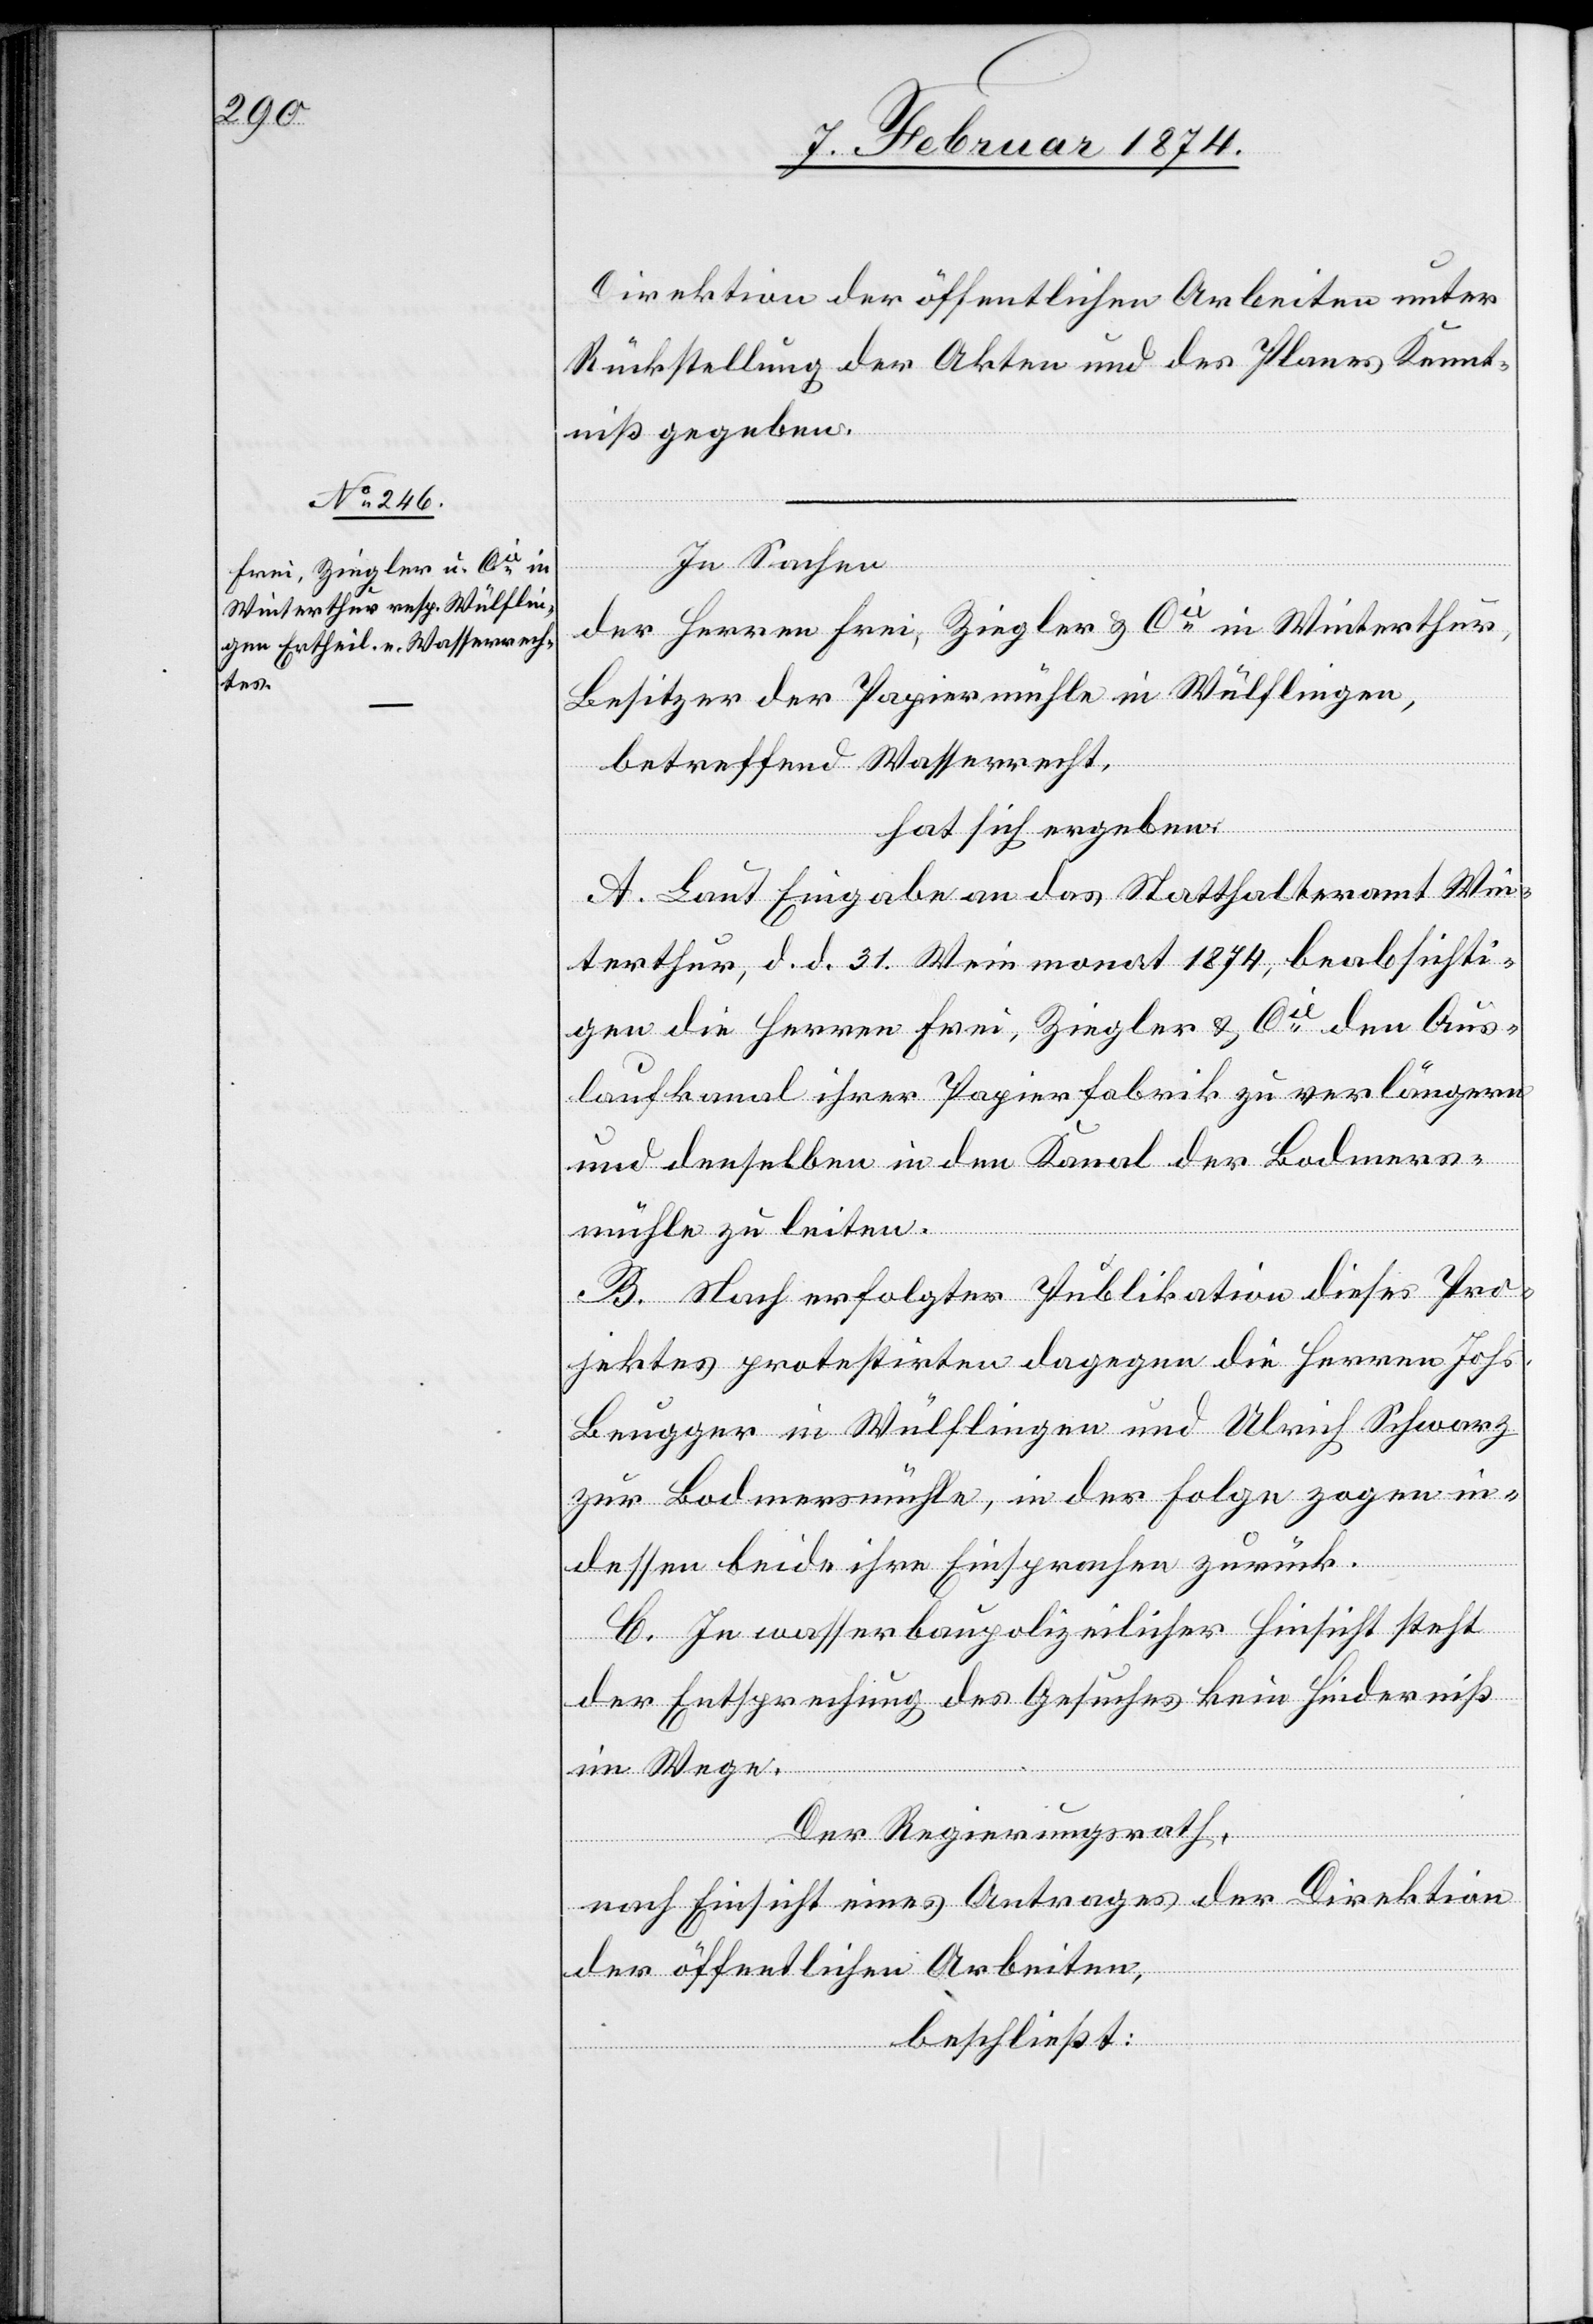
Direktion der öffentlichen Arbeiten unter
Rückstellung der Akten und des Planes Kennt¬
niß gegeben.
In Sachen
der Herren Frei, Ziegler u. Cie in Winterthur,
Besitzer der Papiermühle in Wülflingen,
betreffend Wasserrecht,
hat sich ergeben:
A. Laut Eingabe an das Statthalteramt Win¬
terthur, d. d. 31. Weinmonat 1874, beabsichti¬
gen die Herren Frei, Ziegler u. Cie den Aus¬
laufkanal ihrer Papierfabrik zu verlängern
und denselben in den Kanal der Bodmers¬
mühle zu leiten.
B. Nach erfolgter Publikation dieses Pro¬
jektes protestirten dagegen die Herren Johs.
dessen beide ihre Einsprachen zurück.
C. In wasserbaupolizeilicher Hinsicht steht
der Entsprechung des Gesuches kein Hinderniß
im Wege.
in¬
Der Regierungsrath,
nach Einsicht eines Antrages Direktion
der öffentlichen Arbeiten,
beschließt: